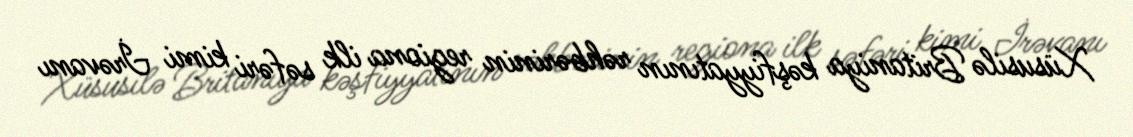
Xüsusilə Britaniya kəşfiyyatının rəhbərinin regiona ilk səfəri kimi İrəvanı